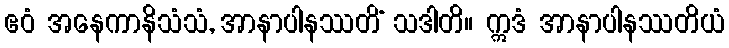
ဧဝံ အနေကာနိသံသံ, အာနာပါနဿတိံ သဒါတိ။ ဣဒံ အာနာပါနဿတိယံ